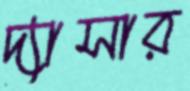
দ্যাসার